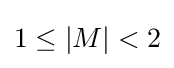
1\leq \left|M\right|<2